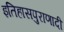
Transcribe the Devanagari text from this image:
इतिहासपुराणादी